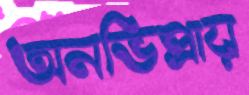
অনভিপ্রায়